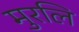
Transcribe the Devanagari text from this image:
मुरलि